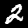
Label: 2